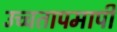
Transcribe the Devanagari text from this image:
उच्चतापमापी